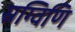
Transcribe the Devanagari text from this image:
स्रग्विणि